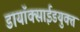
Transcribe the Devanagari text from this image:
डायॉक्साईडयुक्त